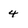
Character: 4